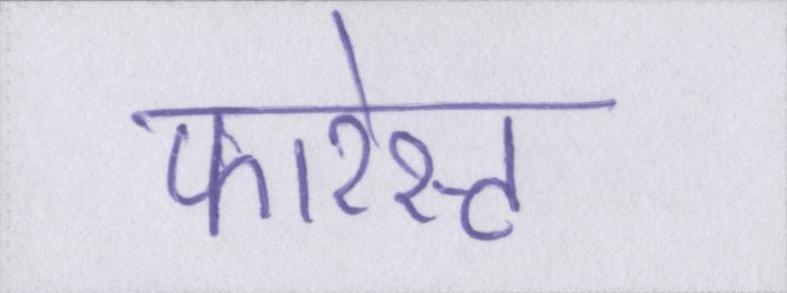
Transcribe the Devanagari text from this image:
फारेस्ट